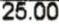
25.00